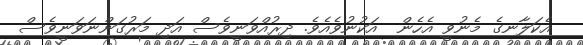
އެކަލާނގެ މެނުވީ އެހެން  އަކުނުވެއެވެ. ދިރުއްވަނީވެސް އަދި މަރުގަންނަވަނީވެސް